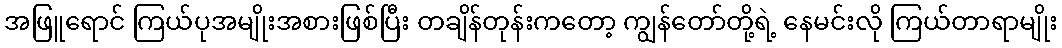
အဖြူရောင် ကြယ်ပုအမျိုးအစားဖြစ်ပြီး တချိန်တုန်းကတော့ ကျွန်တော်တို့ရဲ့ နေမင်းလို ကြယ်တာရာမျိုး